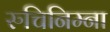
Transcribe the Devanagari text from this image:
रुचिनिम्ना